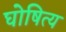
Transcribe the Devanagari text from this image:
घोषित्य